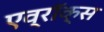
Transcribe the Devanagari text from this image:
एव्रॉक्स